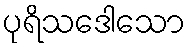
ပုရိသဒေါသော